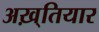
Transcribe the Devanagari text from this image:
अख़्तियार